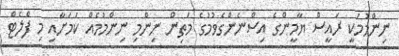
ނިންމުމަކީ ރައީސް ޔާމީންގެ އިސްނެންގެވުމުގެ މަތިން ނިންމި ނިންމުމެއް ކަމަށާއި މި ފްލެޓް